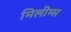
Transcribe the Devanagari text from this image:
मिलीम्स